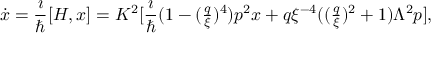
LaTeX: \dot { x } = \frac { \i } { \hbar } [ H , x ] = K ^ { 2 } [ \frac { \i } { \hbar } { \textstyle ( 1 - ( \frac { q } { \xi } ) ^ { 4 } ) p ^ { 2 } x + q \xi ^ { - 4 } ( ( \frac { q } { \xi } ) ^ { 2 } + 1 ) { \mit \Lambda } ^ { 2 } p } ] ,